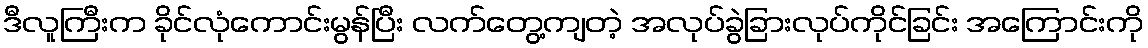
ဒီလူကြီးက ခိုင်လုံကောင်းမွန်ပြီး လက်တွေ့ကျတဲ့ အလုပ်ခွဲခြားလုပ်ကိုင်ခြင်း အကြောင်းကို